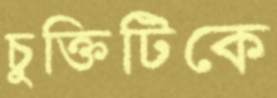
চুক্তিটিকে